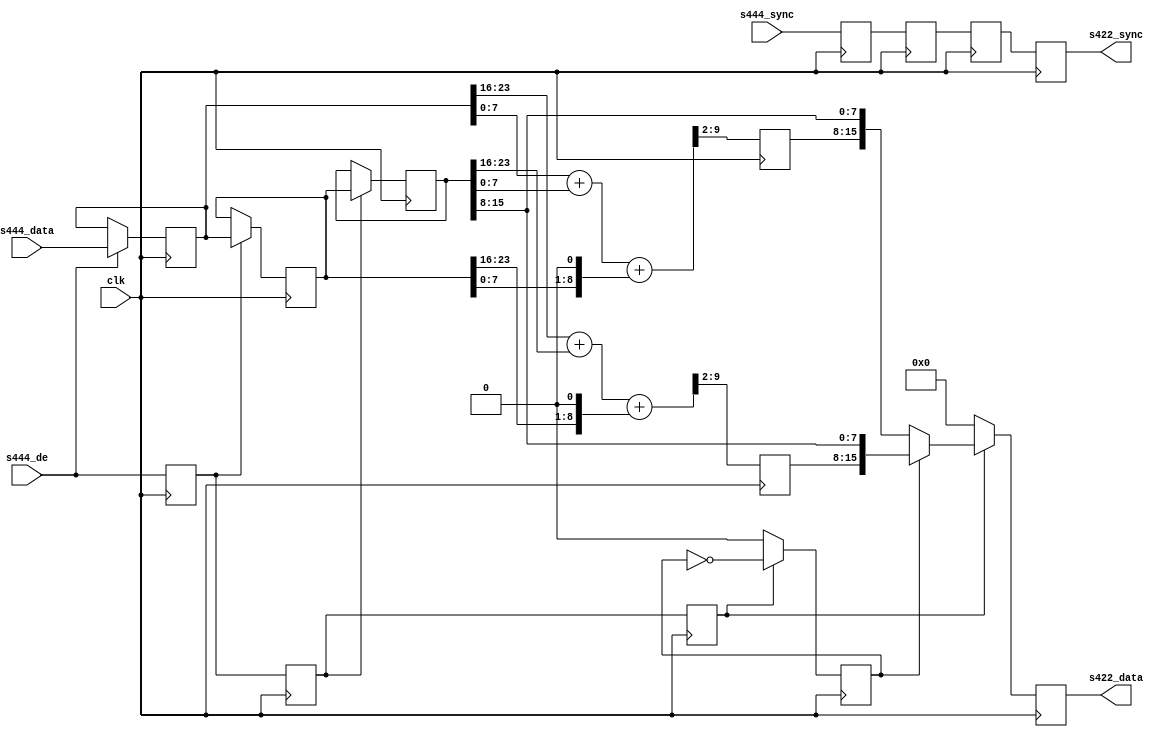
// ***************************************************************************
// ***************************************************************************
// Copyright 2014 - 2017 (c) Analog Devices, Inc. All rights reserved.
//
// In this HDL repository, there are many different and unique modules, consisting
// of various HDL (Verilog or VHDL) components. The individual modules are
// developed independently, and may be accompanied by separate and unique license
// terms.
//
// The user should read each of these license terms, and understand the
// freedoms and responsibilities that he or she has by using this source/core.
//
// This core is distributed in the hope that it will be useful, but WITHOUT ANY
// WARRANTY; without even the implied warranty of MERCHANTABILITY or FITNESS FOR
// A PARTICULAR PURPOSE.
//
// Redistribution and use of source or resulting binaries, with or without modification
// of this file, are permitted under one of the following two license terms:
//
//   1. The GNU General Public License version 2 as published by the
//      Free Software Foundation, which can be found in the top level directory
//      of this repository (LICENSE_GPL2), and also online at:
//      <https://www.gnu.org/licenses/old-licenses/gpl-2.0.html>
//
// OR
//
//   2. An ADI specific BSD license, which can be found in the top level directory
//      of this repository (LICENSE_ADIBSD), and also on-line at:
//      https://github.com/analogdevicesinc/hdl/blob/master/LICENSE_ADIBSD
//      This will allow to generate bit files and not release the source code,
//      as long as it attaches to an ADI device.
//
// ***************************************************************************
// ***************************************************************************
// Input must be RGB or CrYCb in that order, output is CrY/CbY

`timescale 1ns/100ps

module ad_ss_444to422 #(

  parameter   CR_CB_N = 0,
  parameter   DELAY_DATA_WIDTH = 16) (

  // 444 inputs

  input                               clk,
  input                               s444_de,
  input       [DELAY_DATA_WIDTH-1:0]  s444_sync,
  input       [23:0]                  s444_data,

  // 422 outputs

  output  reg [DELAY_DATA_WIDTH-1:0]  s422_sync,
  output  reg [15:0]                  s422_data);

  localparam  DW = DELAY_DATA_WIDTH - 1;

  // internal registers

  reg             s444_de_d = 'd0;
  reg     [DW:0]  s444_sync_d = 'd0;
  reg     [23:0]  s444_data_d = 'd0;
  reg             s444_de_2d = 'd0;
  reg     [DW:0]  s444_sync_2d = 'd0;
  reg     [23:0]  s444_data_2d = 'd0;
  reg             s444_de_3d = 'd0;
  reg     [DW:0]  s444_sync_3d = 'd0;
  reg     [23:0]  s444_data_3d = 'd0;
  reg     [ 7:0]  cr = 'd0;
  reg     [ 7:0]  cb = 'd0;
  reg             cr_cb_sel = 'd0;

  // internal wires

  wire    [ 9:0]  cr_s;
  wire    [ 9:0]  cb_s;

  // fill the data pipe lines, hold the last data on edges

  always @(posedge clk) begin
    s444_de_d <= s444_de;
    s444_sync_d <= s444_sync;
    if (s444_de == 1'b1) begin
      s444_data_d <= s444_data;
    end
    s444_de_2d <= s444_de_d;
    s444_sync_2d <= s444_sync_d;
    if (s444_de_d == 1'b1) begin
      s444_data_2d <= s444_data_d;
    end
    s444_de_3d <= s444_de_2d;
    s444_sync_3d <= s444_sync_2d;
    if (s444_de_2d == 1'b1) begin
      s444_data_3d <= s444_data_2d;
    end
  end

  // get the average 0.25*s(n-1) + 0.5*s(n) + 0.25*s(n+1)

  assign cr_s = {2'd0, s444_data_d[23:16]} +
                {2'd0, s444_data_3d[23:16]} +
                {1'd0, s444_data_2d[23:16], 1'd0};

  assign cb_s = {2'd0, s444_data_d[7:0]} +
                {2'd0, s444_data_3d[7:0]} +
                {1'd0, s444_data_2d[7:0], 1'd0};

  always @(posedge clk) begin
    cr <= cr_s[9:2];
    cb <= cb_s[9:2];
    if (s444_de_3d == 1'b1) begin
      cr_cb_sel <= ~cr_cb_sel;
    end else begin
      cr_cb_sel <= CR_CB_N;
    end
  end

  // 422 outputs

  always @(posedge clk) begin
    s422_sync <= s444_sync_3d;
    if (s444_de_3d == 1'b0) begin
      s422_data <= 'd0;
    end else if (cr_cb_sel == 1'b1) begin
      s422_data <= {cr, s444_data_3d[15:8]};
    end else begin
      s422_data <= {cb, s444_data_3d[15:8]};
    end
  end

endmodule

// ***************************************************************************
// ***************************************************************************